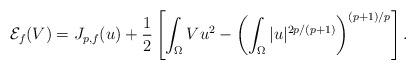
LaTeX: \begin{align*}\mathcal{E}_f(V)=J_{p,f}(u)+\frac{1}{2}\left[\int_\Omega Vu^2-\left(\int_\Omega|u|^{2p/(p+1)}\right)^{(p+1)/p}\right].\end{align*}